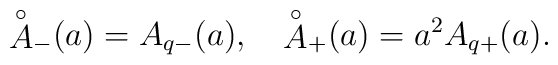
{\mathop{A}^\circ}_-(a)=A_{q-}(a), \quad{\mathop{A}^\circ}_+(a)=a^2A_{q+}(a) .